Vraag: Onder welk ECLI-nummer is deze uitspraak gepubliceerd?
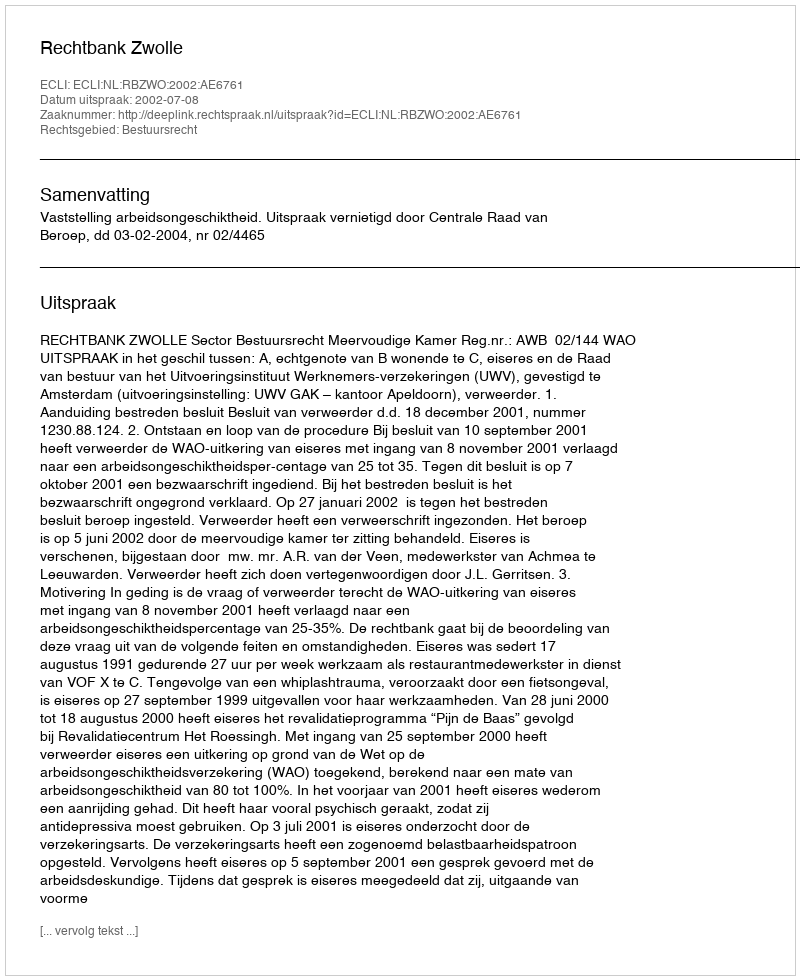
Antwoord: ECLI:NL:RBZWO:2002:AE6761